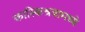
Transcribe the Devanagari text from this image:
कास्किश्रवामध्ये